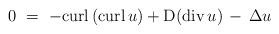
LaTeX: \begin{align*}0\ =\ - {\rm curl} \left( {\rm curl}\,u \right) +{\rm D}({\rm div} \,u) \,-\, \Delta u\end{align*}